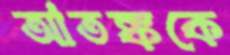
আতঙ্ককে